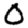
Digit: 0